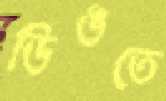
ডিঙতে